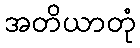
အတိယာတုံ